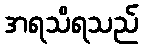
အရသိရသည်